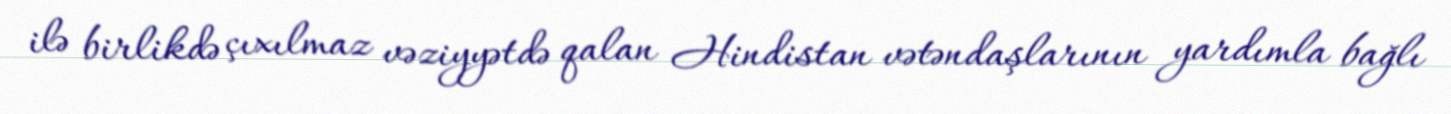
ilə birlikdə çıxılmaz vəziyyətdə qalan Hindistan vətəndaşlarının yardımla bağlı